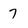
Character: 7